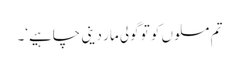
تم مسلوں کو تو گولی مار دینی چاہیے‘۔